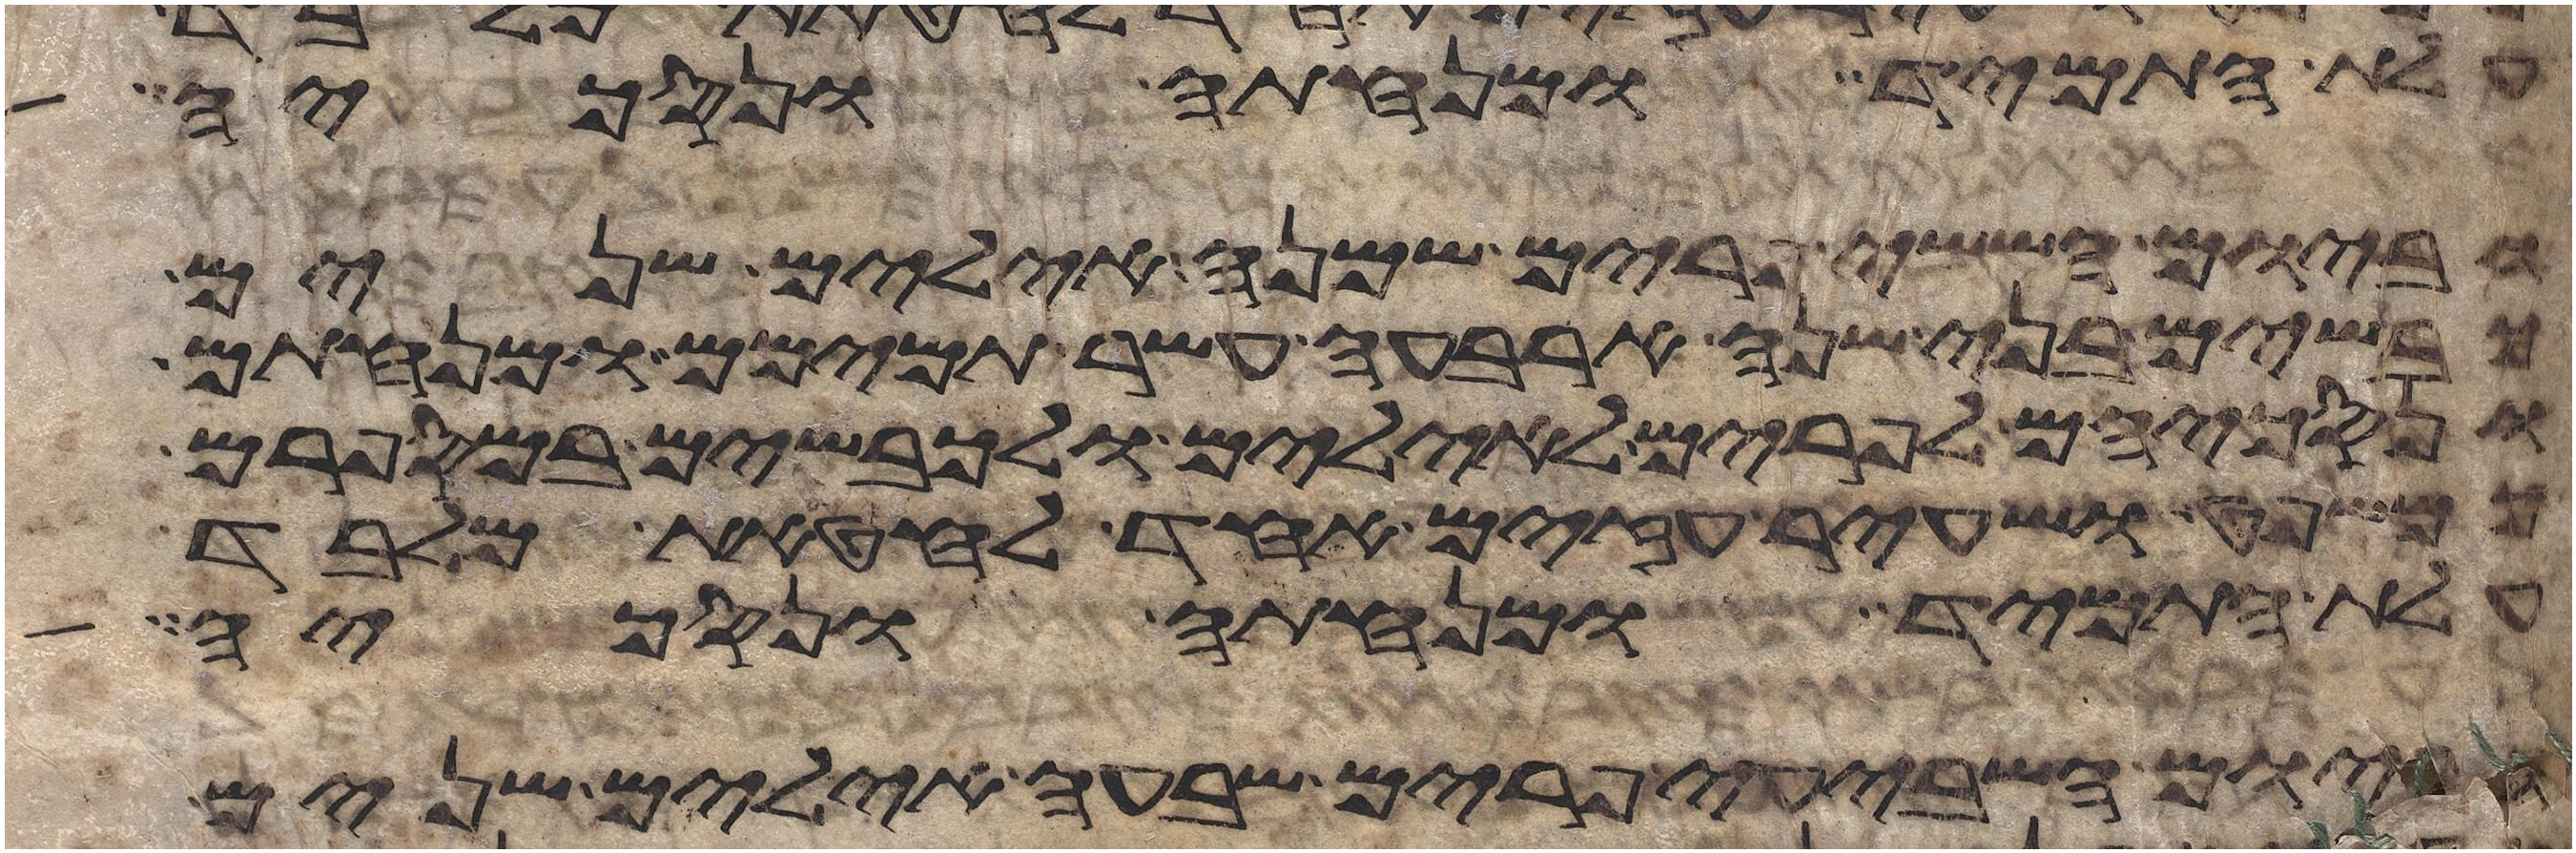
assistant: עלת התמיד ומנחתה ונסכיה
וביום הששי פרים שמנה אילים שנים
כבשים בני שנה ארבעה עשר תמימם ומנחתם
ונסכיהם לפרים לאילים ולכבשים במספרם
כמשפט ושעיר עזים אחד לחטאת מלבד
עלת התמיד ומנחתה ונסכיה
וביום השביעי פרים שבעה אילים שנים